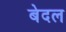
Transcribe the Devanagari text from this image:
बेदल